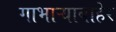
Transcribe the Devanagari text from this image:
गाभाऱ्याबाहेर